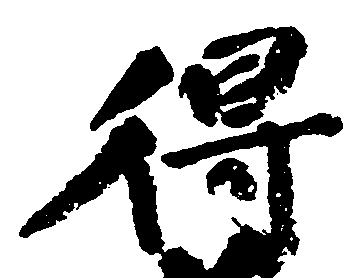
得